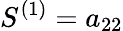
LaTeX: S^{(1)}=a_{22}